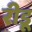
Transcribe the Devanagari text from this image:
रीडू